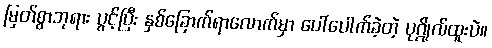
မြတ်စွာဘုရား ပွင့်ပြီး နှစ်ခြောက်ရာလောက်မှာ ပေါ်ပေါက်ခဲ့တဲ့ ပုဂ္ဂိုလ်ထူးပဲ။